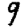
Digit: 9